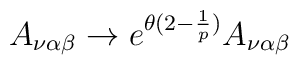
A_{\nu \alpha \beta} \rightarrow   e^{\theta (2-\frac {1}{p})} A_{\nu \alpha \beta}